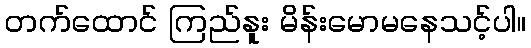
တက်ထောင် ကြည်နူး မိန်းမောမနေသင့်ပါ။